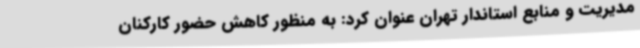
مدیریت و منابع استاندار تهران عنوان کرد: به منظور کاهش حضور کارکنان